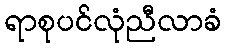
ရာစုပင်လုံညီလာခံ